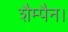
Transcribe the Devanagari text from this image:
शैम्पैन।